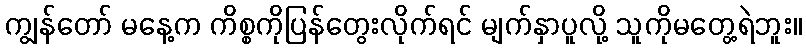
ကျွန်တော် မနေ့က ကိစ္စကိုပြန်တွေးလိုက်ရင် မျက်နှာပူလို့ သူကိုမတွေ့ရဲဘူး။